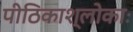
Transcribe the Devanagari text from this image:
पीठिकाश्लोकाः